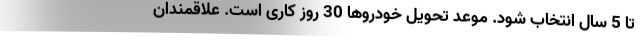
تا 5 سال انتخاب شود. موعد تحویل خودروها 30 روز کاری است. علاقمندان